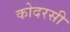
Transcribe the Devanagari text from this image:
कोदरसी